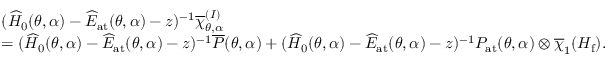
\begin{array} { r l } & { ( \widehat { H } _ { 0 } ( \theta , \alpha ) - \widehat { E } _ { \mathrm { a t } } ( \theta , \alpha ) - z ) ^ { - 1 } \overline { { \chi } } _ { \theta , \alpha } ^ { ( I ) } } \\ & { = ( \widehat { H } _ { 0 } ( \theta , \alpha ) - \widehat { E } _ { \mathrm { a t } } ( \theta , \alpha ) - z ) ^ { - 1 } \overline { { P } } ( \theta , \alpha ) + ( \widehat { H } _ { 0 } ( \theta , \alpha ) - \widehat { E } _ { \mathrm { a t } } ( \theta , \alpha ) - z ) ^ { - 1 } P _ { \mathrm { a t } } ( \theta , \alpha ) \otimes \overline { { \chi } } _ { 1 } ( H _ { \mathrm { f } } ) . } \end{array}